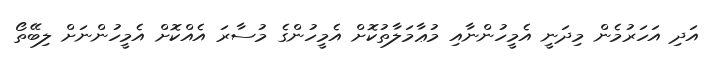
އަދި އަހަރުމެން މިދަނީ އެމީހުންނާއި މުޢާމަލާތުކޮށް އެމީހުންގެ މުސާރަ އެއްކޮށް އެމީހުންނަށް ލިބޭތޯ